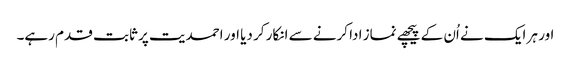
اور ہر ایک نے اُن کے پیچھے نماز ادا کرنے سے انکار کر دیا اور احمدیت پر ثابت قدم رہے۔